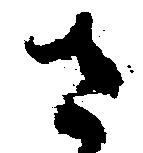
さ